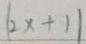
\vert 2 x + 1 \vert